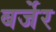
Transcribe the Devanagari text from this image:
बर्जेर